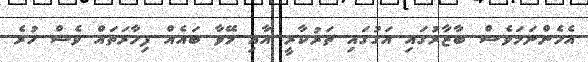
އެހެންނަމަވެސް ބާޒާރުގައި އަގުގައި ތަރުކާރީ އާއި މޭވާ ބައެއް ފިހާރަތައް ވެސް ހުރެ